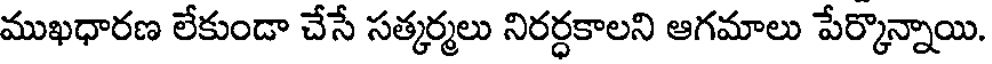
ముఖధారణ లేకుండా చేసే సత్కర్మలు నిరర్ధకాలని ఆగమాలు పేర్కొన్నాయి.